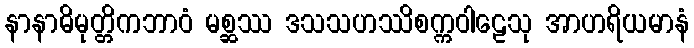
နာနာဓိမုတ္တိကဘာဝံ မစ္ဆဿ ဒသသဟဿိစက္ကဝါဠေသု အာဟရိယမာနံ